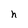
Character: h